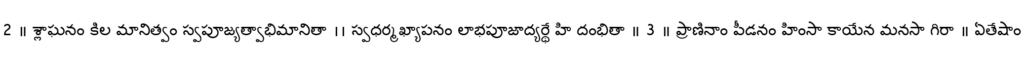
2 ॥ శ్లాఘనం కిల మానిత్వం స్వపూజ్యత్వాభిమానితా ।। స్వధర్మఖ్యాపనం లాభపూజాద్యర్థే హి దంభితా ॥ 3 ॥ ప్రాణినాం పీడనం హింసా కాయేన మనసా గిరా ॥ ఏతేషాం